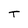
Character: T